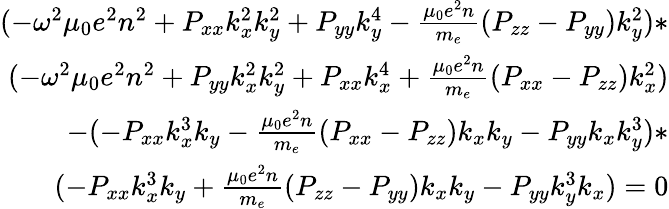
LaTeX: \begin{array}{r}{(-\omega^{2}\mu_{0}e^{2}n^{2}+P_{xx}k_{x}^{2}k_{y}^{2}+P_{yy}k_{y}^{4}-\frac{\mu_{0}e^{2}n}{m_{e}}(P_{zz}-P_{yy})k_{y}^{2})*}\\ {(-\omega^{2}\mu_{0}e^{2}n^{2}+P_{yy}k_{x}^{2}k_{y}^{2}+P_{xx}k_{x}^{4}+\frac{\mu_{0}e^{2}n}{m_{e}}(P_{xx}-P_{zz})k_{x}^{2})}\\ {-(-P_{xx}k_{x}^{3}k_{y}-\frac{\mu_{0}e^{2}n}{m_{e}}(P_{xx}-P_{zz})k_{x}k_{y}-P_{yy}k_{x}k_{y}^{3})*}\\ {(-P_{xx}k_{x}^{3}k_{y}+\frac{\mu_{0}e^{2}n}{m_{e}}(P_{zz}-P_{yy})k_{x}k_{y}-P_{yy}k_{y}^{3}k_{x})=0}\end{array}